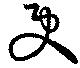
更